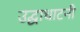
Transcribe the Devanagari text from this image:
उद्घाधाटनी